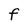
Character: F